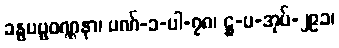
ခန္ဓပဗ္ဗဝဏ္ဏနာ၊ ပဏ်-၁-ပါ-၇၈၊ ဋ္ဌ-ပ-အုပ်-၂၉၁၊